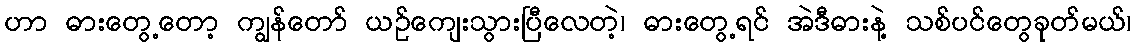
ဟာ ဓားတွေ့တော့ ကျွန်တော် ယဉ်ကျေးသွားပြီလေတဲ့၊ ဓားတွေ့ရင် အဲဒီဓားနဲ့ သစ်ပင်တွေခုတ်မယ်၊